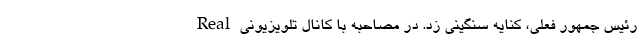
رئیس جمهور فعلی، کنایه سنگینی زد. در مصاحبه با کانال تلویزیونی Real